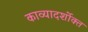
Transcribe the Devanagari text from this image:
काव्यादर्शोक्त